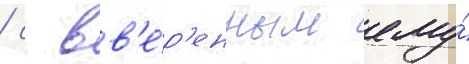
/ с вв'е́р'енным ему́